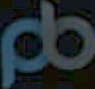
୫